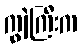
ကျွဲကြီးက